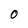
Character: O